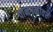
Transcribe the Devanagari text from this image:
पानगळीवर